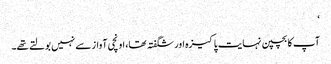
‘
آپ کا بچپن نہایت پاکیزہ اور شگفتہ تھا، اونچی آواز سے نہیں بولتے تھے۔